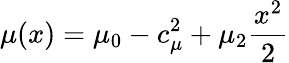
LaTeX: \mu(x)=\mu_{0}-c_{\mu}^{2}+\mu_{2}\frac{x^{2}}{2}